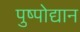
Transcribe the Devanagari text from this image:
पुष्पोद्यान